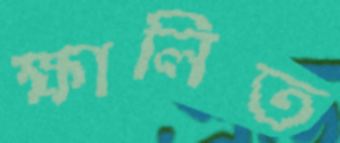
ক্ষালিত